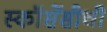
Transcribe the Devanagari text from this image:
स्कॉर्सेसीची